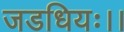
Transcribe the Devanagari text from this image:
जडधियः।।